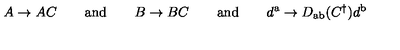
A \rightarrow A C \qquad { \mathrm { a n d } } \qquad B \rightarrow B C \qquad { \mathrm { a n d } } \qquad d ^ { \mathrm { a } } \rightarrow D _ { \mathrm { a b } } ( C ^ { \dagger } ) d ^ { \mathrm { b } }